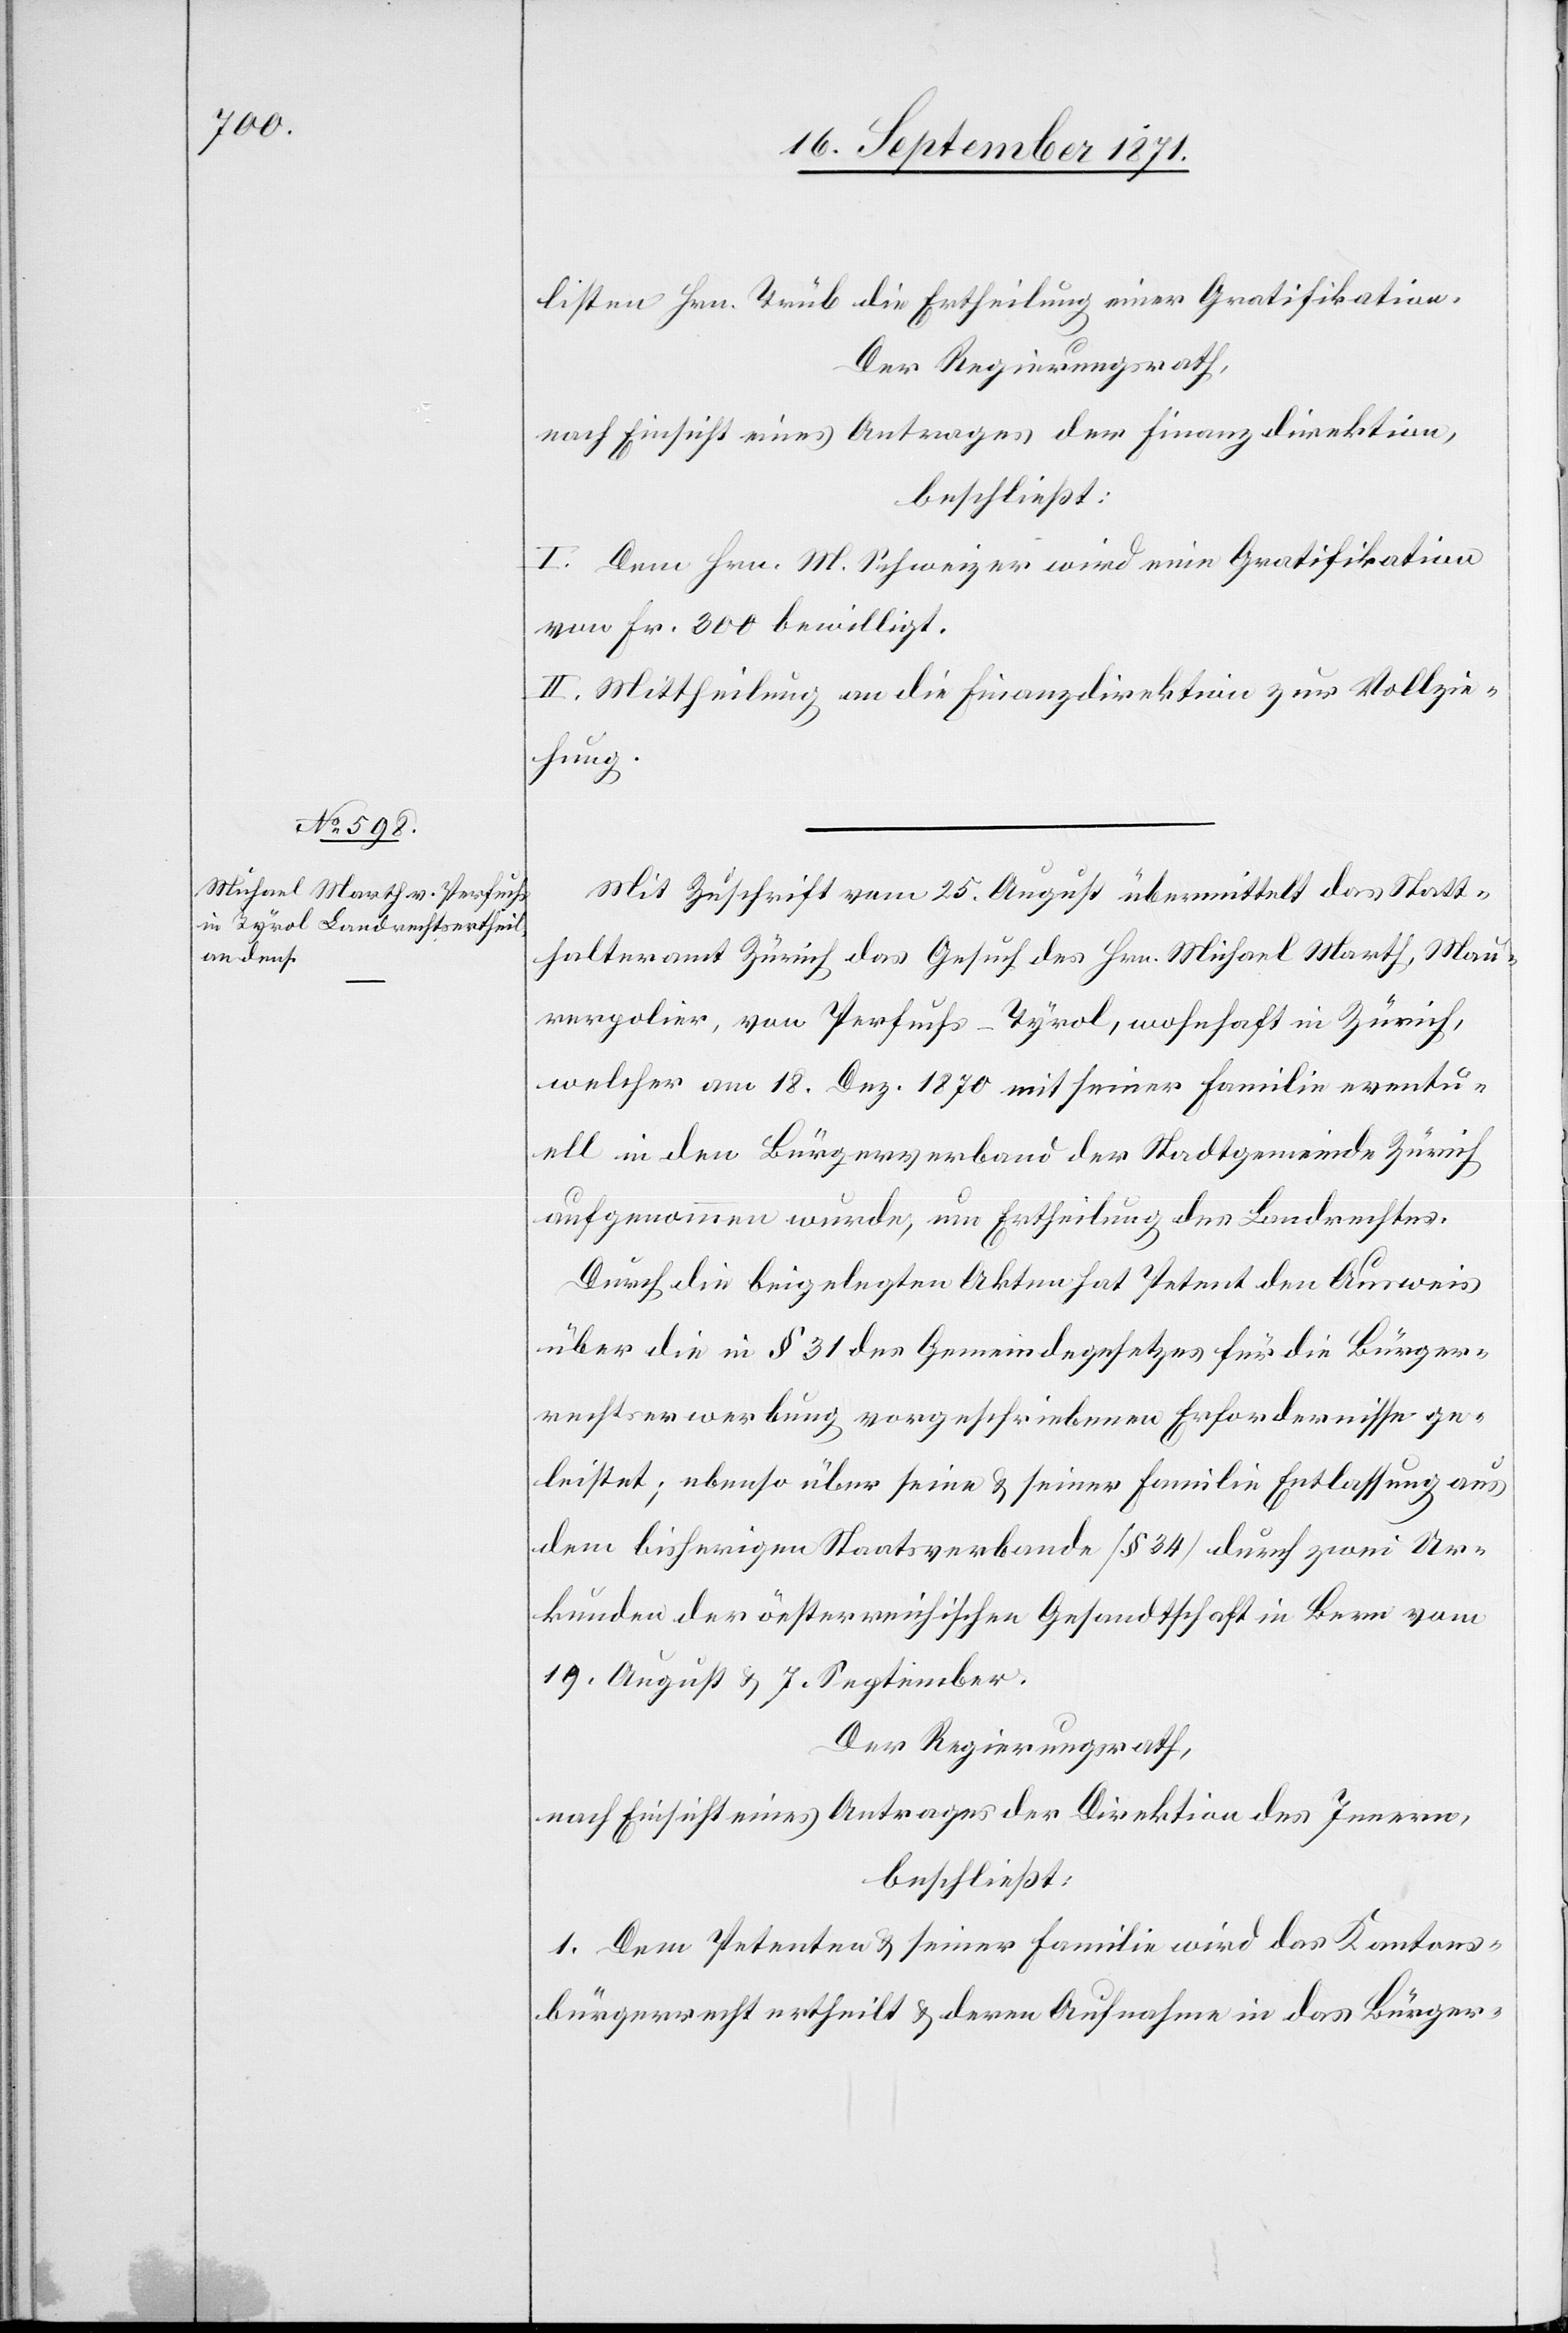
listen Hrn. Trüb die Ertheilung einer Gratifikation.
Der Regierungsrath,
nach Einsicht eines Antrages der Finanzdirektion,
beschließt:
I. Dem Hrn. M. Schweizer wird eine Gratifikation
von Fr. 300 bewilligt.
II. Mittheilung an die Finanzdirektion zur Vollzie¬
hung.
Mit Zuschrift vom 25. August übermittelt das Statt¬
halteramt Zürich das Gesuch des Hrn. Michael Marth, Mau¬
rerpolier, von Perfuchs-Tyrol, wohnhaft in Zürich,
welcher am 18. Dez. 1870 mit seiner Familie eventu¬
ell in den Bürgerverband der Stadtgemeinde Zürich
aufgenommen wurde, um Ertheilung des Landrechtes.
Durch die beigelegten Akten hat Petent den Ausweis
über die in § 31 des Gemeindegesetzes für die Bürger¬
rechtserwerbung vorgeschriebenen Erfordernisse ge¬
leistet; ebenso über seine & seiner Familie Entlassung aus
dem bisherigen Staatsverbande [§ 34] durch zwei Ur¬
kunden der österreichischen Gesandtschaft in Bern vom
19. August & 7. September.
Der Regierungsrath,
nach Einsicht eines Antrages der Direktion des Innern,
beschließt:
1. Dem Petenten & seiner Familie wird das Kantons¬
bürgerrecht ertheilt & deren Aufnahme in das Bürger-